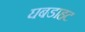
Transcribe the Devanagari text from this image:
घबडाहट